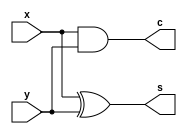
module half_adder (input x, y, output s, c);
  assign s = x ^ y;
  assign c = x & y;
endmodule

module full_adder (input x, y, z, output s, c);
  wire s1, c1;
  half_adder half_adder1(x, y, s1, c1);
  wire c2;
  half_adder half_adder2(s1, z, s, c2);
  assign c = c2 | c1 ;
endmodule